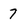
Character: 7